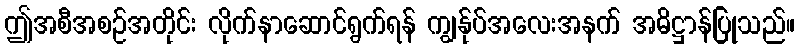
ဤအစီအစဉ်အတိုင်း လိုက်နာဆောင်ရွက်ရန် ကျွန်ုပ်အလေးအနက် အဓိဋ္ဌာန်ပြုသည်။